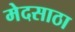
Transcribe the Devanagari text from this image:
मेदसाठा